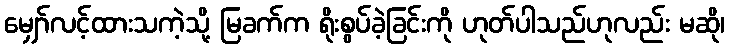
မျှော်လင့်ထားသကဲ့သို့ မြခက်က ရိုးစွပ်ခဲ့ခြင်းကို ဟုတ်ပါသည်ဟုလည်း မဆို၊